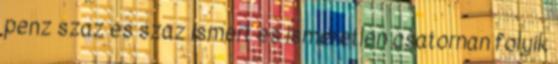
penz szaz es szaz ismert es ismeretlen csatornan folyik